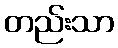
တည်းသာ